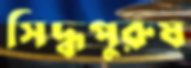
সিদ্ধপুরুষ